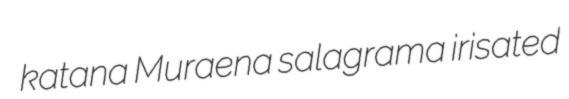
katana Muraena salagrama irisated